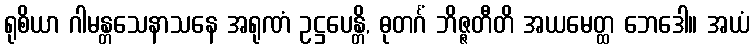
ရုစိယာ ဂါမန္တသေနာသနေ အရုဏံ ဥဋ္ဌပေန္တိ, ဓုတင်္ဂံ ဘိဇ္ဇတီတိ အယမေတ္ထ ဘေဒေါ။ အယံ